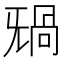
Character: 𣄸